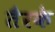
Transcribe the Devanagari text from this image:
तैरके